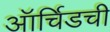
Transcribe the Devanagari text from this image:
ऑर्चिडची